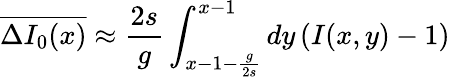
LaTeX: \overline{{\Delta I_{0}(x)}}\approx\frac{2s}{g}\int_{x-1-\frac{g}{2s}}^{x-1}dy\left(I(x,y)-1\right)